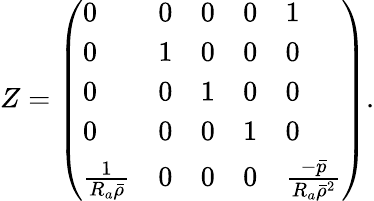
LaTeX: Z=\left(\begin{array}{lllll}{0}&{0}&{0}&{0}&{1}\\ {0}&{1}&{0}&{0}&{0}\\ {0}&{0}&{1}&{0}&{0}\\ {0}&{0}&{0}&{1}&{0}\\ {\frac{1}{R_{a}\bar{\rho}}}&{0}&{0}&{0}&{\frac{-\bar{p}}{R_{a}\bar{\rho}^{2}}}\end{array}\right).